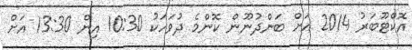
އޮކްޓޫބަރު 2014 އަށް ބަންދުނޫން ކޮންމެ ދުވަހަކު 10:30 އިން 13:30 އަށް